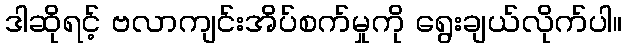
ဒါဆိုရင့် ဗလာကျင်းအိပ်စက်မှုကို ရွေးချယ်လိုက်ပါ။